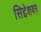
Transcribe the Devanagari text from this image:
सिद्देशवर